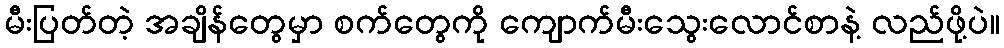
မီးပြတ်တဲ့ အချိန်တွေမှာ စက်တွေကို ကျောက်မီးသွေးလောင်စာနဲ့ လည်ဖို့ပဲ။